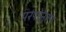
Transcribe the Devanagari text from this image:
परंपरेनुरूप